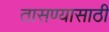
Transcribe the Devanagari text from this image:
तासण्यासाठी